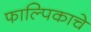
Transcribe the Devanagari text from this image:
फाल्पिकाचे